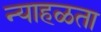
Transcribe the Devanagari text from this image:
न्याहळता